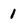
Character: 1